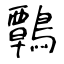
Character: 鷣